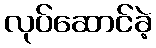
လုပ်ဆောင်ခဲ့